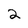
Character: 2